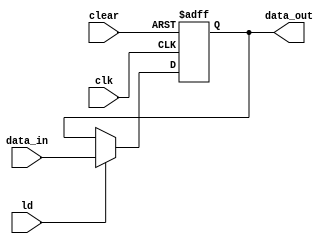
module Reg_Plus(clk, data_in, ld, clear, data_out);

// list of inputs
input wire clk, ld, clear;
input wire [3:0] data_in;

// list of outputs	
output reg [3:0] data_out;

// module implementation	
always @(posedge clk , posedge clear)
	begin
		if	     (clear == 1'b1)		data_out = 4'b0000;				// clear Plus
		else if (ld == 1'b1)		data_out = data_in; 					// load data in Plus
	end
endmodule